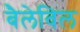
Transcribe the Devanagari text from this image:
बैलेविल